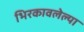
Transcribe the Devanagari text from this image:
भिरकावलेल्या